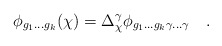
\begin{align*} \phi_{g_1 ... g_k}(\chi) = \Delta_{\chi}^{\gamma} \phi_{g_1 ... g_k \gamma ... \gamma} \quad .\end{align*}